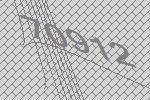
70912